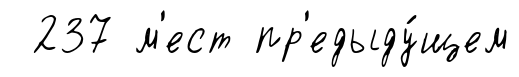
237 м'ест пр'едыду́щем